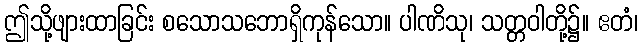
ဤသို့ဖျားထာခြင်း စသောသဘောရှိကုန်သော။ ပါဏိသု၊ သတ္တဝါတို့၌။ ဧတံ၊